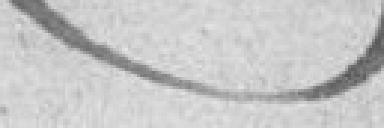
Chamoin reçoit une somme de neuf livres